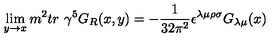
\lim _ { y \rightarrow x } m ^ { 2 } t r \ \gamma ^ { 5 } G _ { R } ( x , y ) = - \frac { 1 } { 3 2 \pi ^ { 2 } } \epsilon ^ { \lambda \mu \rho \sigma } G _ { \lambda \mu } ( x )